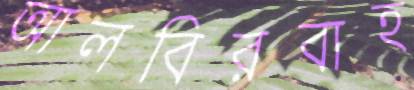
আলবিরবাহ